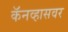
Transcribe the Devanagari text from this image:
कॅनव्हासवर